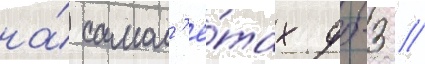
на́ самол'ё́тах дб-3 //